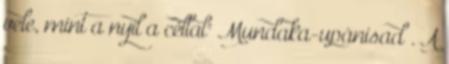
vele, mint a nyíl a céllal" Mundaka-upánisad . A